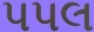
પપલ